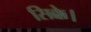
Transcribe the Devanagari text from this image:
सिक्के।